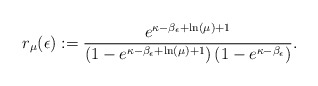
\begin{align*} r_\mu(\epsilon):=\frac{ e^{ \kappa-\beta_\epsilon + \ln(\mu)+1}}{\left(1-e^{\kappa-\beta_\epsilon + \ln(\mu)+1}\right)\left(1-e^{\kappa-\beta_\epsilon}\right)}. \end{align*}